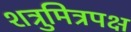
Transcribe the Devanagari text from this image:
शत्रुमित्रपक्ष